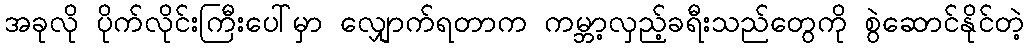
အခုလို ပိုက်လိုင်းကြီးပေါ်မှာ လျှောက်ရတာက ကမ္ဘာ့လှည့်ခရီးသည်တွေကို စွဲဆောင်နိုင်တဲ့